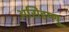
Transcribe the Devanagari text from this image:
असिहष्णु